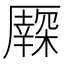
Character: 𠫃